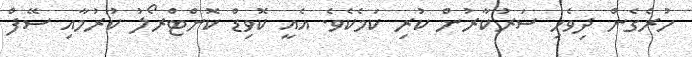
ހުރެގެން ދިވެހި ސަރުކާރުން ކުރި ކަމެކެވެ. އެއީ ކޮވިޑް ކޮންޓްރޯލު ކުރުމާއި ސޭފް